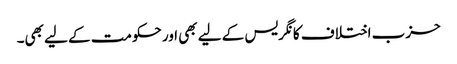
حزب اختلاف کانگریس کے لیے بھی اور حکومت کے لیے بھی۔